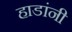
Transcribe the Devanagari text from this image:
हाडांनी